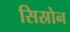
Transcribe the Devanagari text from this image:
सिस्रोन